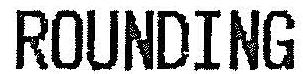
ROUNDING